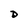
Character: D